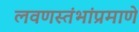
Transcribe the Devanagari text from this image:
लवणस्तंभांप्रमाणे